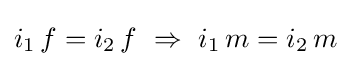
i_{1}\,f=i_{2}\,f\ \Rightarrow \ i_{1}\,m=i_{2}\,m